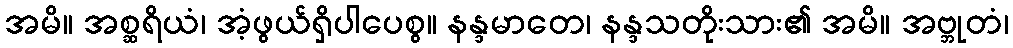
အမိ။ အစ္ဆရိယံ၊ အံ့ဖွယ်ရှိပါပေစွ။ နန္ဒမာတေ၊ နန္ဒသတိုးသား၏ အမိ။ အဗ္ဘုတံ၊